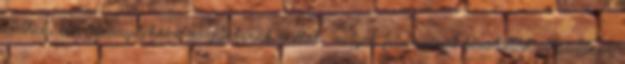
élethez, bár bizonyítékaim alaptalanok voltak, melyek félelmeimet hivatottak elkendőzni.